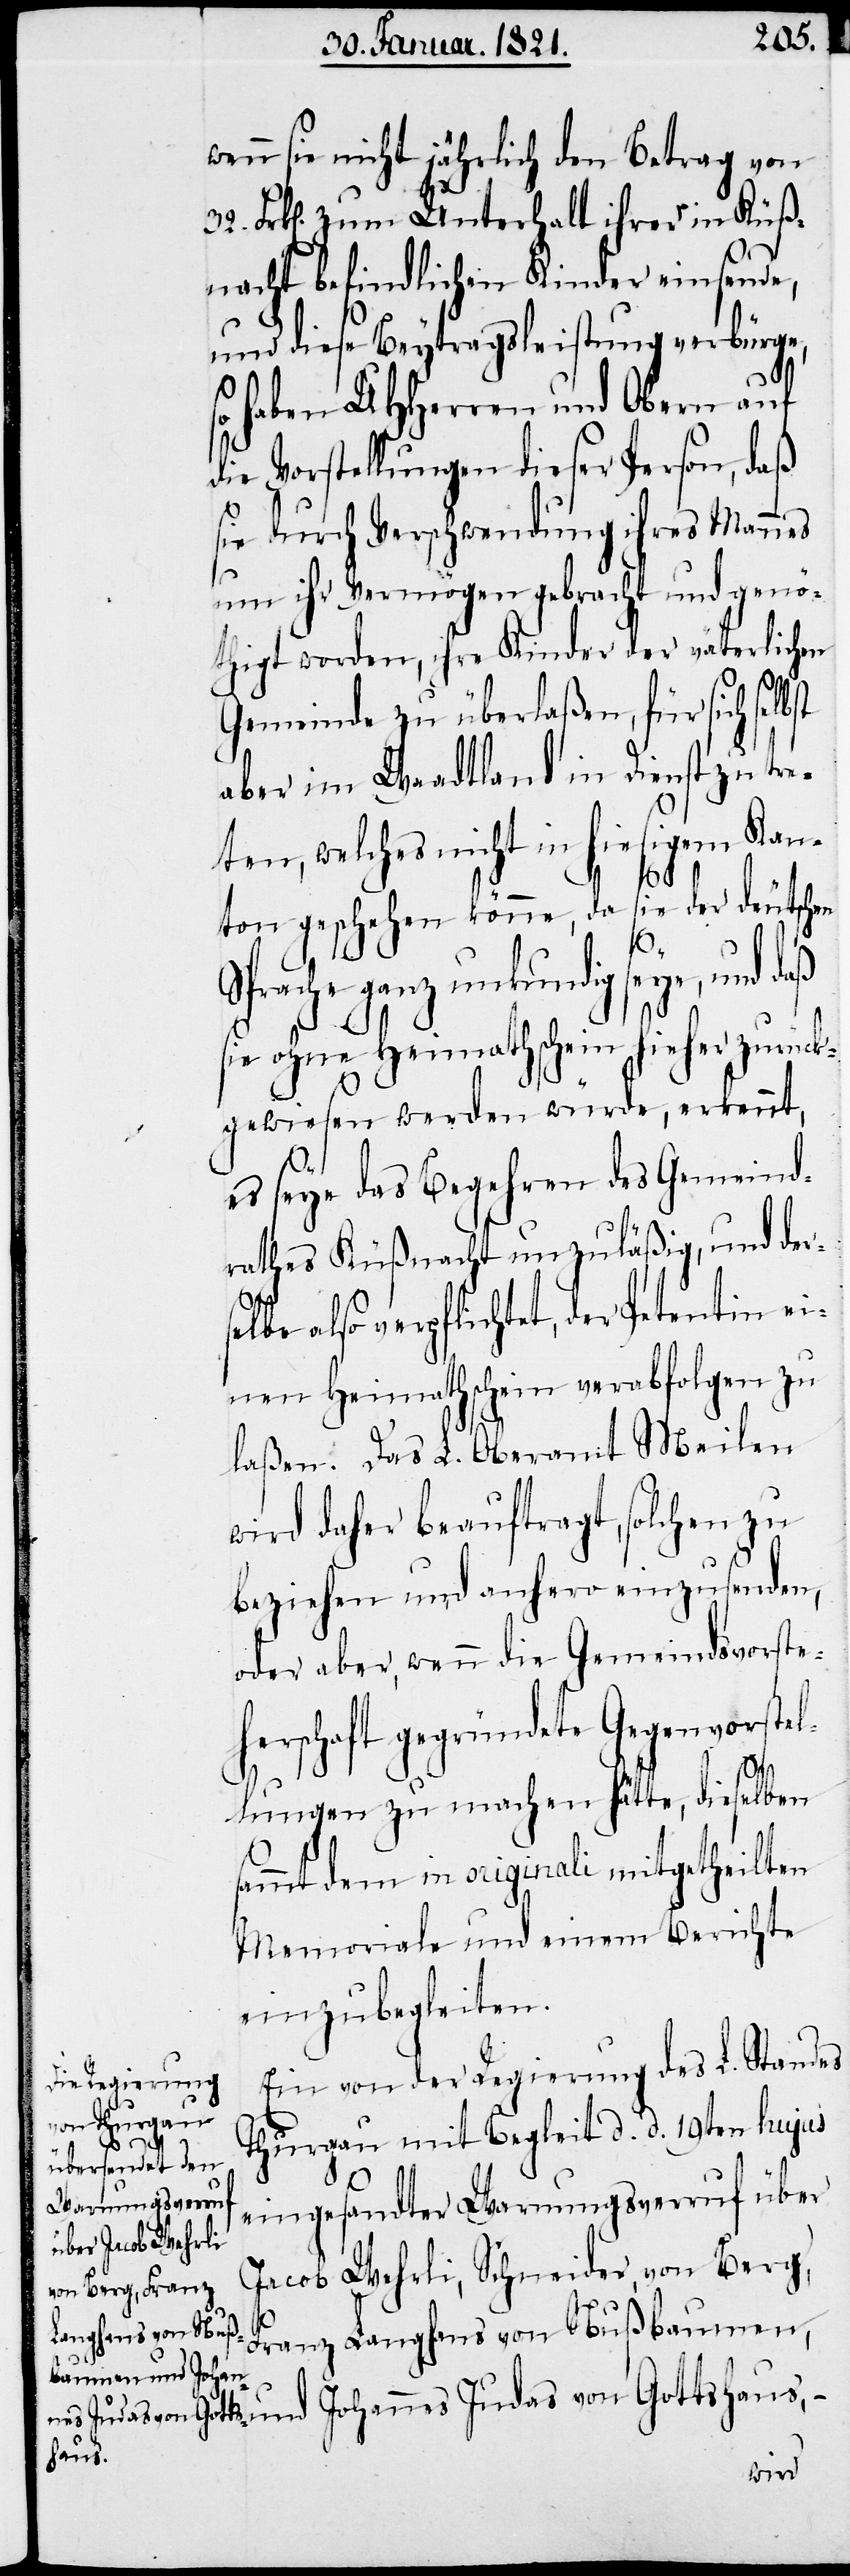
wenn sie nicht jährlich den Betrag von
Frk[en]. zum Unterhalt ihrer in Küß¬
nacht befindlichen Kinder einsende,
und diese Beytragsleistung verbürge,
so haben UHHerren und Obern auf
die Vorstellungen dieser Person, daß
sie durch Verschwendung ihres Mannes
um ihr Vermögen gebracht und genö¬
thigt worden, ihre Kinder der väterlichen
Gemeinde zu überlaßen, für sich sel¬
aber im Waadtland in Dienst zu tre¬
ten, welches nicht in hiesigem Kan¬
ton geschehen könne, da sie der deutschen
Sprache ganz unkundig seye, und
sie ohne Heimathschein hieher zurück¬
gewiesen werden würde, erkennt,
s¬
es seye das Begehren des Gemeind¬
rathes Küßnacht unzuläßig, und der¬
elbe also verpflichtet, der Petentin ei¬
nen Heimathschein verabfolgen zu
laßen. Das L. Oberamt Meilen
wird daher beauftragt, solchen zu
beziehen und anhero einzusenden,
oder aber, wenn die Gemeindsvorste¬
herschaft gegründete Gegenvorstel¬
32.
lungen zu machen hätte, dieselben
sammt dem in originali mitgetheilten
Memoriale und einem Berichte
einzubegleiten.
Ein von der Regierung des L. Standes
Thurgau mit Begleit d. d. 19ten hujus
eingesandter Warnungsverruf über
Jacob Wehrli, Schneider, von Berg,
Franz Langhans von Nußbaume¬
n, und Johannes Judas von Gottshaus, –